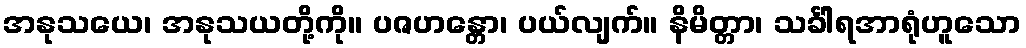
အနုသယေ၊ အနုသယတို့ကို။ ပဇဟန္တော၊ ပယ်လျက်။ နိမိတ္တာ၊ သင်္ခါရအာရုံဟူသော